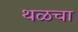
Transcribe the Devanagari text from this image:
थळचा